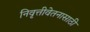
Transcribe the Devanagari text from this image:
निवृत्तीवेतनासाठी